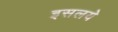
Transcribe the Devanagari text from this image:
इसलये